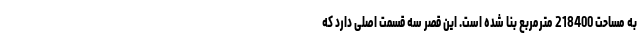
به مساحت 218400 مترمربع بنا شده است. این قصر سه قسمت اصلی دارد که